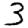
Digit: 3